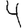
Digit: 4